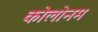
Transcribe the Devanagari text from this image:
कोलोनम